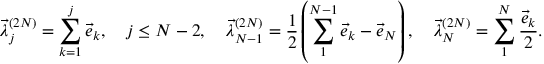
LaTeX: \vec { \lambda } _ { j } ^ { ( 2 N ) } = \sum _ { k = 1 } ^ { j } \vec { e } _ { k } , \quad j \leq N - 2 , \quad \vec { \lambda } _ { N - 1 } ^ { ( 2 N ) } = { \frac { 1 } { 2 } } \left( \sum _ { 1 } ^ { N - 1 } \vec { e } _ { k } - \vec { e } _ { N } \right) , \quad \vec { \lambda } _ { N } ^ { ( 2 N ) } = \sum _ { 1 } ^ { N } { \frac { \vec { e } _ { k } } { 2 } } .